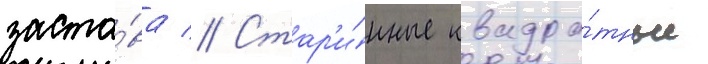
заста́ва // Стар'и́нные квадра́тные